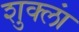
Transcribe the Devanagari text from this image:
शुक्लां